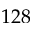
1 2 8